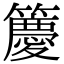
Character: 𮆯